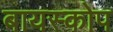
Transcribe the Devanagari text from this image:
बायस्कोप